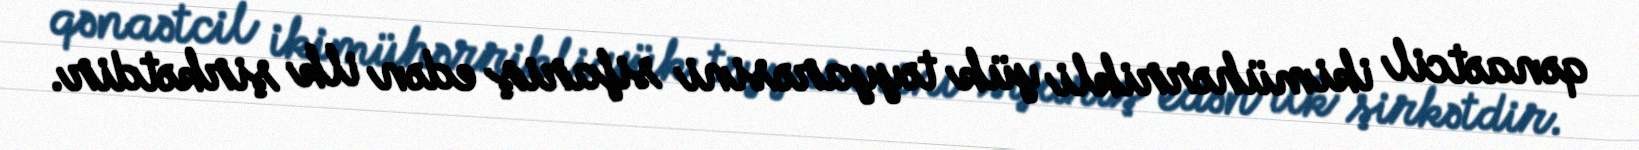
qənaətcil ikimühərrikli yük təyyarəsini sifariş edən ilk şirkətdir.